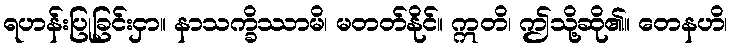
ရဟန်းပြုခြင်းငှာ။ နာသက္ခိဿာမိ၊ မတတ်နိုင်။ ဣတိ၊ ဤသို့ဆို၏။ တေနဟိ၊